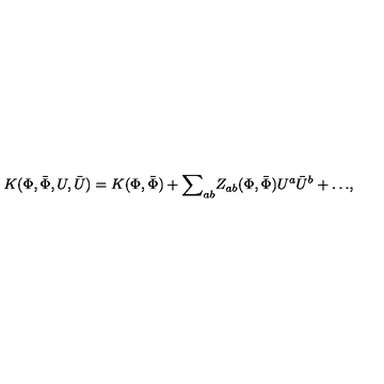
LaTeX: K ( \Phi , { \bar { \Phi } } , U , { \bar { U } } ) = K ( { \Phi } , { \bar { \Phi } } ) + { \sum } _ { a b } Z _ { a b } ( { \Phi } , { \bar { \Phi } } ) U ^ { a } { \bar { U } } ^ { b } + { \dots } ,